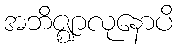
အဘိဇ္ဈာလုနောပိ